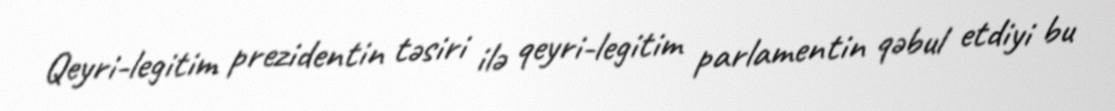
Qeyri-legitim prezidentin təsiri ilə qeyri-legitim parlamentin qəbul etdiyi bu